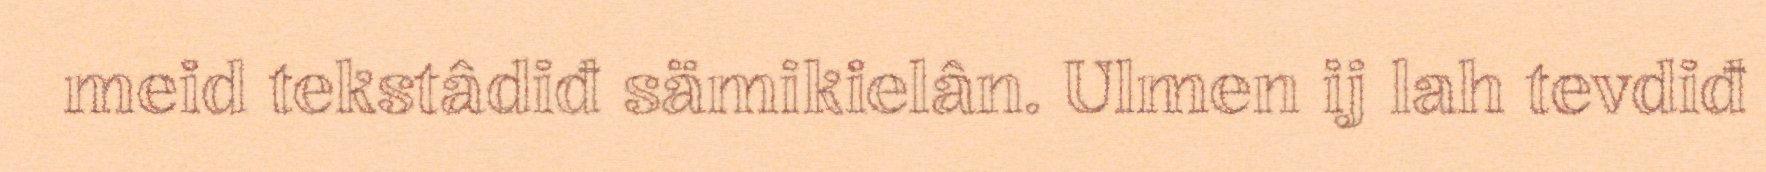
meid tekstâdiđ sämikielân. Ulmen ij lah tevdiđ